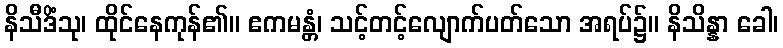
နိသီဒိံသု၊ ထိုင်နေကုန်၏။ ဧကမန္တံ၊ သင့်တင့်လျောက်ပတ်သော အရပ်၌။ နိသိန္နာ ခေါ၊